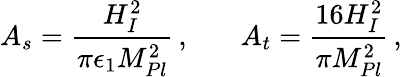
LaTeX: A_{s}={\frac{H_{I}^{2}}{\pi\epsilon_{1}M_{Pl}^{2}}}\, ,\ \ \ \ \ \ \ A_{t}={\frac{16H_{I}^{2}}{\pi M_{Pl}^{2}}}\, ,